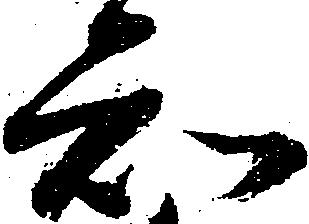
知